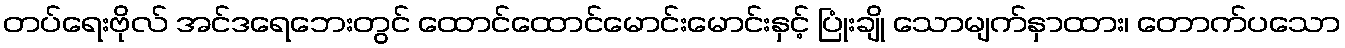
တပ်ရေးဗိုလ် အင်ဒရေဘေးတွင် ထောင်ထောင်မောင်းမောင်းနှင့် ပြုံးချို သောမျက်နှာထား၊ တောက်ပသော